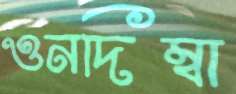
ওনদিম্বা